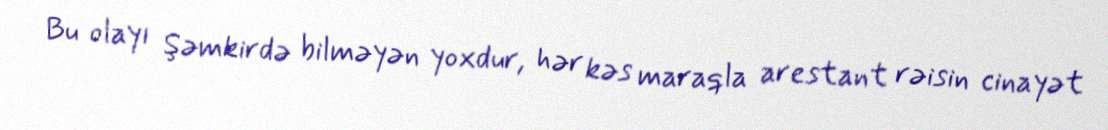
Bu olayı Şəmkirdə bilməyən yoxdur, hər kəs maraqla arestant rəisin cinayət